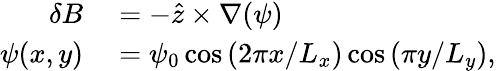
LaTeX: \begin{array}{rl}{\delta B}&{{}=-\hat{z}\times\nabla(\psi)}\\ {\psi(x,y)}&{{}=\psi_{0}\cos\left(2\pi x/L_{x}\right)\cos\left(\pi y/L_{y}\right),}\end{array}